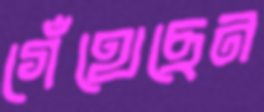
গেঁথেছেন